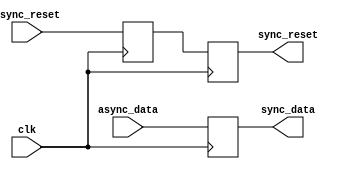
module synchronizer_with_reset (
    input wire clk,
    input wire async_data,
    input wire async_reset,
    output reg sync_data,
    output reg sync_reset
);

reg sync_reset_reg;

always @(posedge clk) begin
    sync_data <= async_data;
    sync_reset_reg <= async_reset;
end

always @(posedge clk) begin
    sync_reset <= sync_reset_reg;
end

endmodule